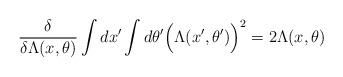
LaTeX: \begin{align*}{\delta \over \delta \Lambda (x ,\theta )}\int dx^\prime \int d\theta^\prime \Big( \Lambda (x^\prime , \theta^\prime ) \Big)^2 = 2 \Lambda ( x , \theta )\end{align*}